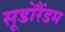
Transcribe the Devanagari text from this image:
सूडोरैंडम